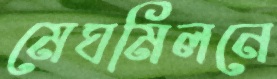
মেঘমিলনে